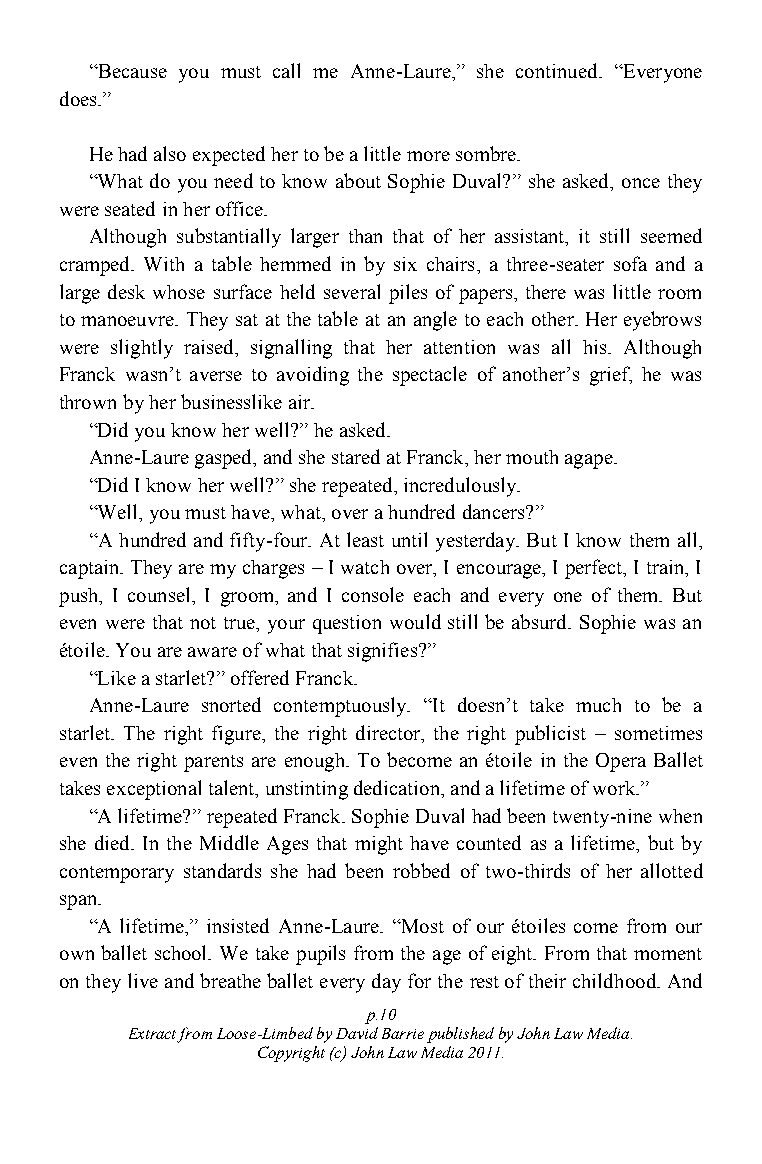
“Because you must call me Anne-Laure,” she continued. “Everyone
 does.”
 He had also expected her to be a little more sombre.
 “What do you need to know about Sophie Duval?” she asked, once they
 were seated in her office.
 Although substantially larger than that of her assistant, it still seemed
 cramped. With a table hemmed in by six chairs, a three-seater sofa and a
 large desk whose surface held several piles of papers, there was little room
 to manoeuvre. They sat at the table at an angle to each other. Her eyebrows
 were slightly raised, signalling that her attention was all his. Although
 Franck wasn‟t averse to avoiding the spectacle of another‟s grief, he was
 thrown by her businesslike air.
 “Did you know her well?” he asked.
 Anne-Laure gasped, and she stared at Franck, her mouth agape.
 “Did I know her well?” she repeated, incredulously.
 “Well, you must have, what, over a hundred dancers?”
 “A hundred and fifty-four. At least until yesterday. But I know them all,
 captain. They are my charges – I watch over, I encourage, I perfect, I train, I
 push, I counsel, I groom, and I console each and every one of them. But
 even were that not true, your question would still be absurd. Sophie was an
 étoile. You are aware of what that signifies?”
 “Like a starlet?” offered Franck.
 Anne-Laure snorted contemptuously. “It doesn‟t take much to be a
 starlet. The right figure, the right director, the right publicist – sometimes
 even the right parents are enough. To become an étoile in the Opera Ballet
 takes exceptional talent, unstinting dedication, and a lifetime of work.”
 “A lifetime?” repeated Franck. Sophie Duval had been twenty-nine when
 she died. In the Middle Ages that might have counted as a lifetime, but by
 contemporary standards she had been robbed of two-thirds of her allotted
 span.
 “A lifetime,” insisted Anne-Laure. “Most of our étoiles come from our
 own ballet school. We take pupils from the age of eight. From that moment
 on they live and breathe ballet every day for the rest of their childhood. And
 p.10
 Extract from Loose-Limbed by David Barrie published by John Law Media.
 Copyright (c) John Law Media 2011.